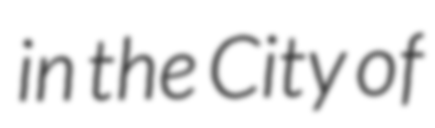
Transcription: in the City of